65_HS1-834228961_62-HQ-83894_Serial_130
Agency: FBI
Page 8
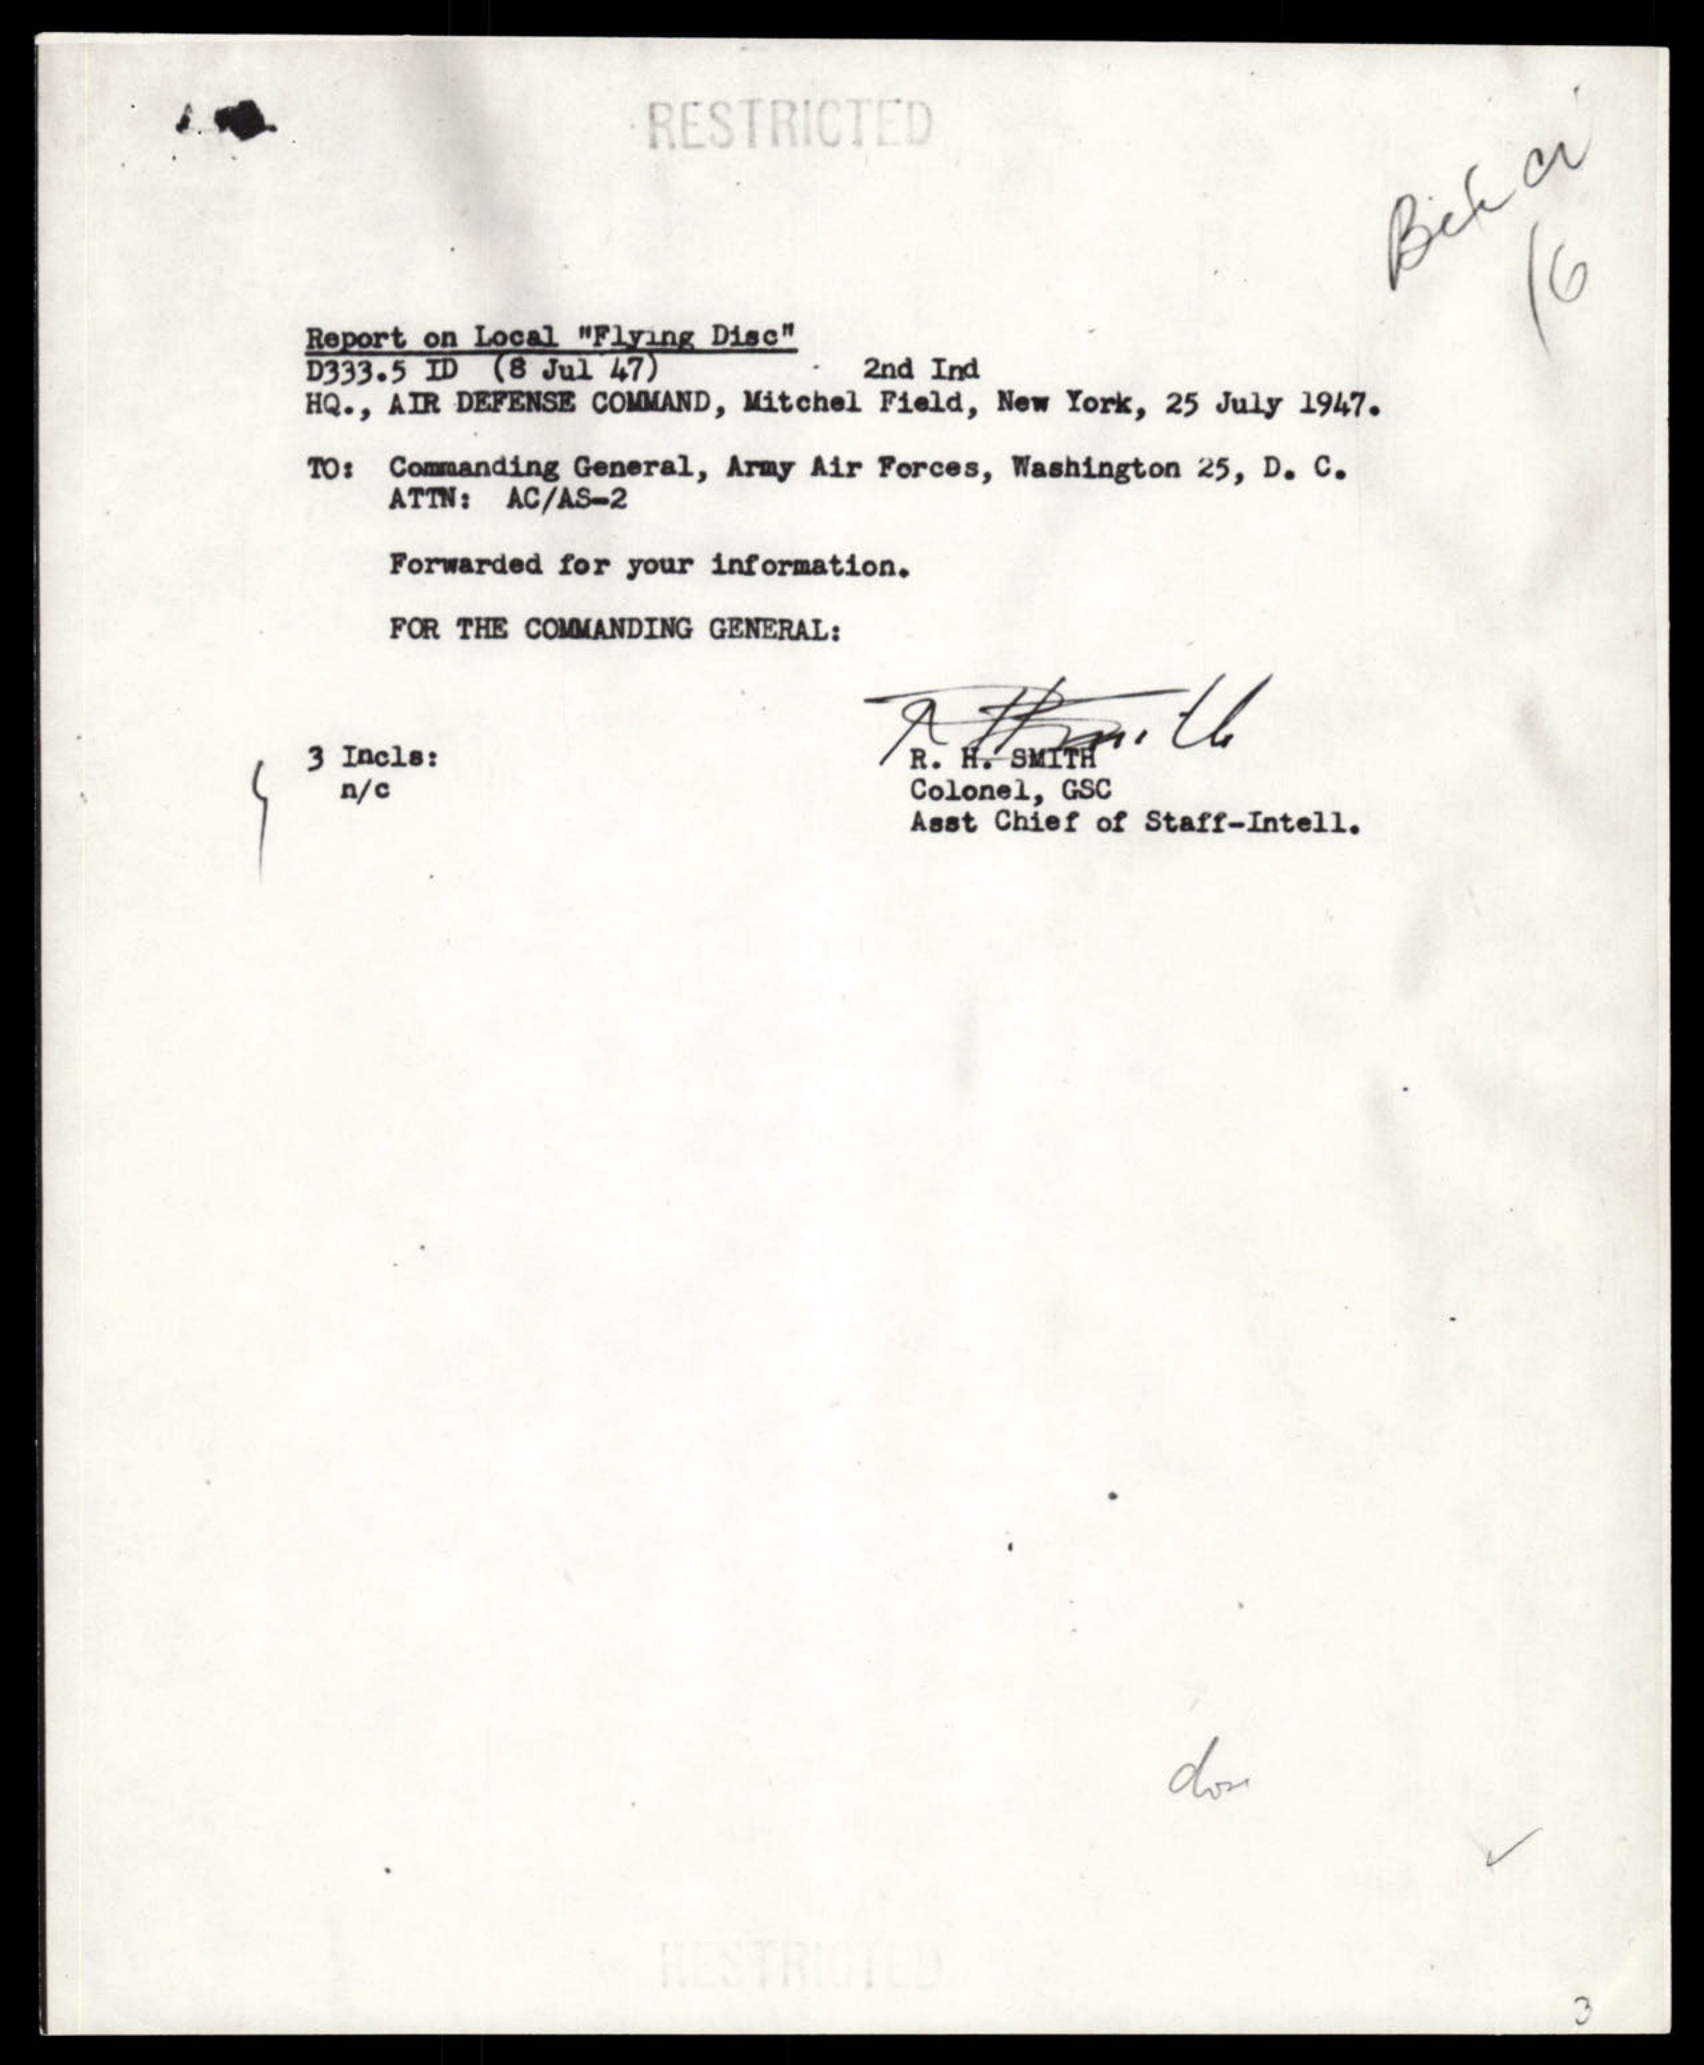